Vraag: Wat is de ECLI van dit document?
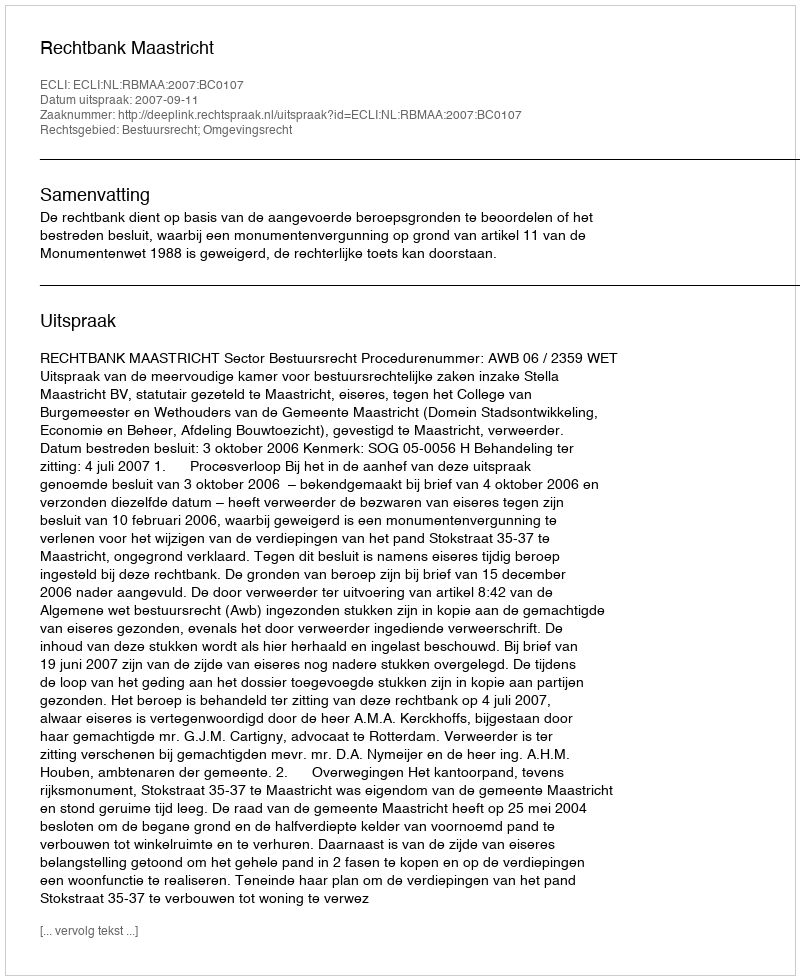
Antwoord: ECLI:NL:RBMAA:2007:BC0107